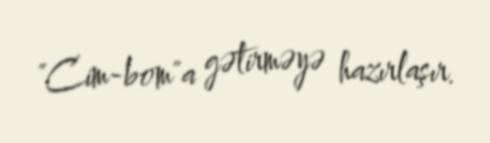
"Cim-bom"a gətirməyə hazırlaşır.